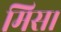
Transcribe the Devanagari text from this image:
मिस।